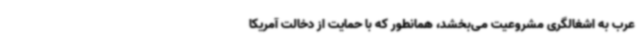
عرب به اشغالگری مشروعیت می‌بخشد، همانطور که با حمایت از دخالت آمریکا